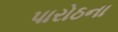
પારોઠના